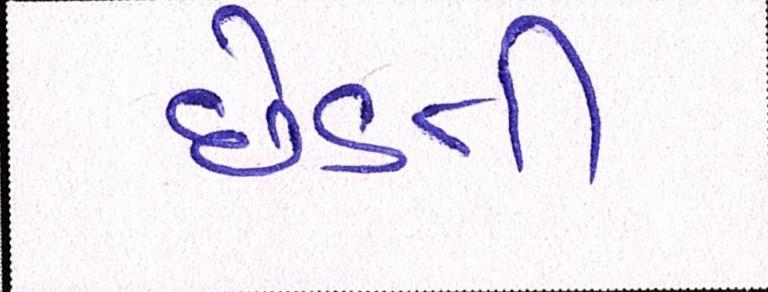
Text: છેડતી